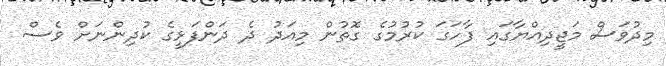
މިދުވަސް މަޖީދިއްޔާގައި ފާހަގަ ކުރުމުގެ ގޮތުން މިއަދު ދެ ދަންފަޅީގެ ކުދިންނަށް ވެސް